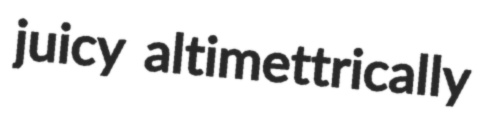
juicy altimettrically